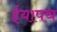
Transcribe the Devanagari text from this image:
ईयापथ